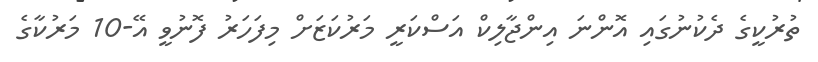
ތުރުކީގެ ދެކުނުގައި އޮންނަ އިންޖާލިކް އަސްކަރީ މަރުކަޒަށް މިފަހަރު ފޮނުވީ އޭ-10 މަރުކާގެ